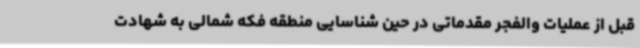
قبل از عملیات والفجر مقدماتی در حین شناسایی منطقه فکه شمالی به شهادت